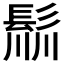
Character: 𩭁